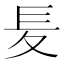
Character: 𡕣